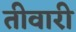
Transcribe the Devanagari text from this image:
तीवारी